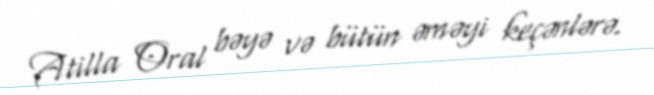
Atilla Oral bəyə və bütün əməyi keçənlərə.